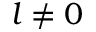
{ l \ne 0 }